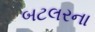
બટલરના